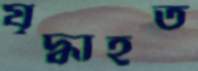
যৃদ্ধাহত